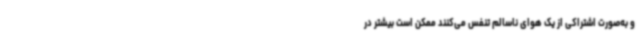
و به‌صورت اشتراکی از یک هوای ناسالم تنفس می‌کنند ممکن است بیشتر در